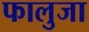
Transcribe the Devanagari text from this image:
फालुजा